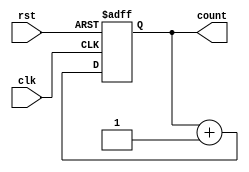
module counter (
  input wire clk, // Clock input
  input wire rst, // Reset input
  output reg [3:0] count // Output count
);

always @(posedge clk or posedge rst)
begin
  if (rst)
    count <= 4'b0000; // Reset to 0
  else
    count <= count + 1; // Increment count
end

endmodule